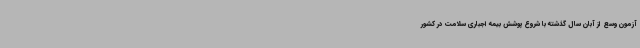
آزمون وسع از آبان سال گذشته با شروع پوشش بیمه اجباری سلامت در کشور